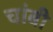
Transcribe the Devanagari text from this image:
चांबी